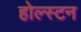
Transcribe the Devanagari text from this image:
होल्स्टन